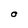
Character: O